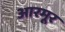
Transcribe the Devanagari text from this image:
आरमूर